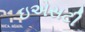
ઇએસટી